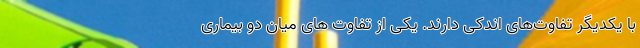
با یکدیگر تفاوت‌های اندکی دارند. یکی از تفاوت های میان دو بیماری